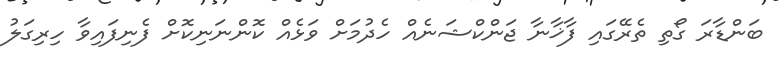
ބަންޑާރަ ގޯތި ތެރޭގައި ފާޚާނާ ޖަންކްޝަނެއް ހެދުމަށް ވަޅެއް ކޮންނަނިކޮށް ފެނިފައިވާ ހިރިގަލު